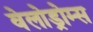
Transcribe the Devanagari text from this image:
वेलोड्रोम्स